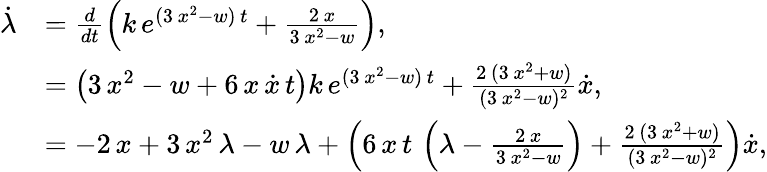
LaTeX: \begin{array}{rl}{\dot{\lambda}}&{=\frac{d}{dt}\left(k\, e^{(3\, x^{2}-w)\, t}+\frac{2\, x}{3\, x^{2}-w}\right),}\\ &{=\left(3\, x^{2}-w+6\, x\, \dot{x}\, t\right)k\, e^{(3\, x^{2}-w)\, t}+\frac{2\, (3\, x^{2}+w)}{(3\, x^{2}-w)^{2}}\dot{x},}\\ &{=-2\, x+3\, x^{2}\, \lambda-w\, \lambda+\left(6\, x\, t\, \left(\lambda-\frac{2\, x}{3\, x^{2}-w}\right)+\frac{2\, (3\, x^{2}+w)}{(3\, x^{2}-w)^{2}}\right)\dot{x},}\end{array}